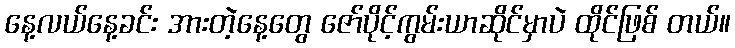
နေ့လယ်နေ့ခင်း အားတဲ့နေ့တွေ ဇော်ပိုင့်ကွမ်းယာဆိုင်မှာပဲ ထိုင်ဖြစ် တယ်။